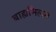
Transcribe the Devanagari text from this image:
बाह्यमिलन